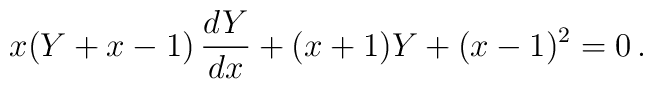
x(Y+x-1)\,\frac{dY}{dx}+(x+1)Y+(x-1)^{2}=0\,.